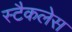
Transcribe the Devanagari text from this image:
स्टैकलेस